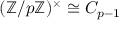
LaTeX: ( \mathbb { Z } / p \mathbb { Z } ) ^ { \times } \cong C _ { p - 1 }